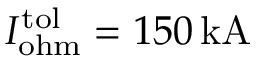
I _ { \mathrm { o h m } } ^ { \mathrm { t o l } } = 1 5 0 \, \mathrm { k A }